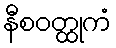
နီစဝတ္ထုကံ